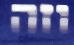
וזה